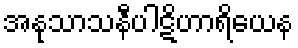
အနုသာသနီပါဋိဟာရိယေန